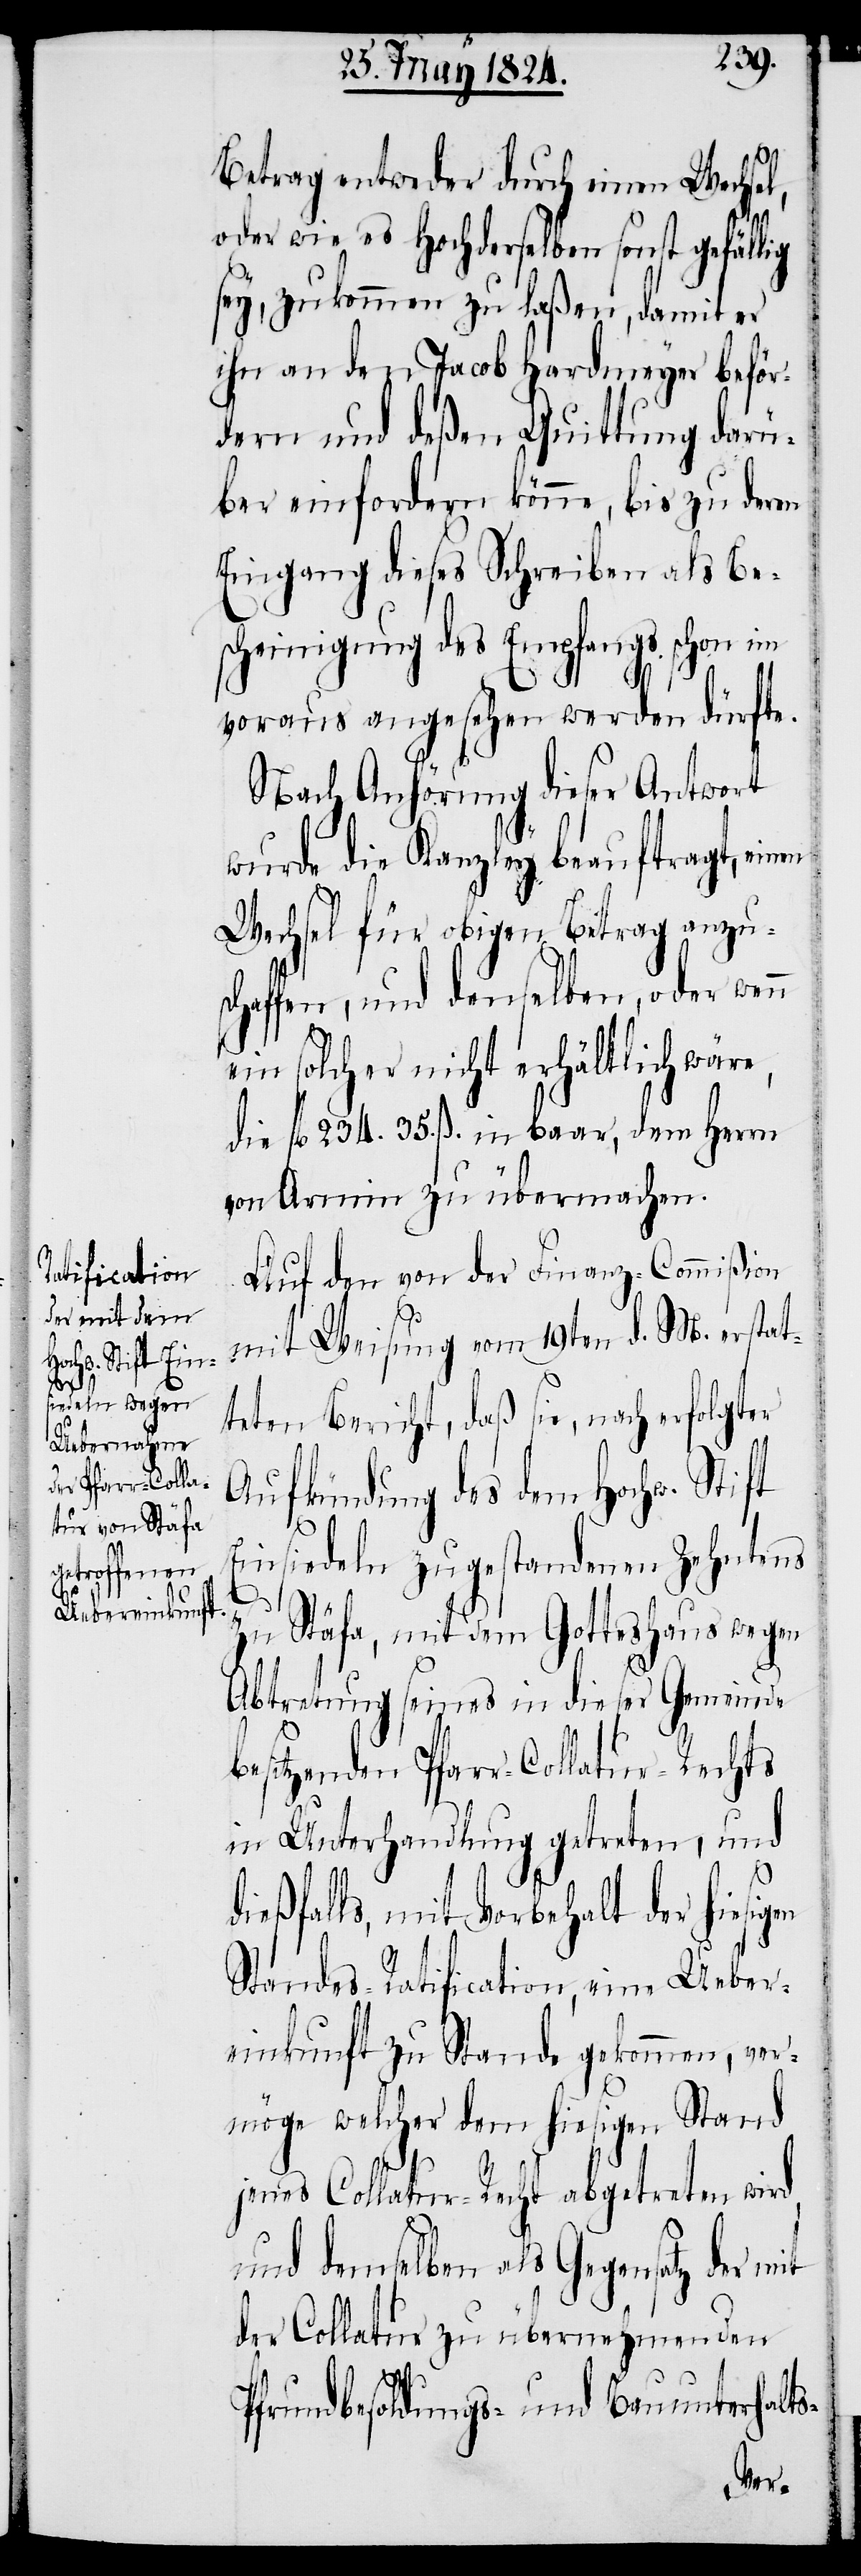
sigen

Betrag entweder durch einen Wechsel,
oder wie es Hochderselben sonst gefällig
sey, zukommen zu laßen, damit er
ihn an den Jacob Hardmeyer beför¬
dern und deßen Quittung darü¬
ber einfordern könne, bis zu deren
Eingang dieses Schreiben als Be¬
scheinigung des Empfangs schon im
voraus angesehen werden dürfte.
Nach Anhörung dieser Antwort
wurde die Kanzley beauftragt, einen
Wechsel für obigen Betrag anzus¬
chaffen, und denselben, oder wenn
ein solcher nicht erhältlich wäre,
die fl. 234. 35 ß. in baar, dem Herrn
von Armin zu übermachen.
Auf den von der Finanz-Commißion
mit Weisung vom 19ten d. M. erstat¬
teten Bericht, daß sie, nach erfolgter
Aufkündung des dem Hochw. Stift
Einsiedeln zugestandenen Zehntens
zu Stäfa, mit dem Gotteshaus wegen
Abtretung seines in dieser Gemeinde
besitzenden Pfarr-Collatur-Rechts
in Unterhandlung getreten, und
eßfalls, mit Vorbehalt der hie¬
Standes Ratification, eine Ueber¬
einkunft zu Stande gekommen, ver¬
möge welcher dem hiesigen Stand
jenes Collatur-Recht abgetreten wird
und demselben als Gegensatz der mit
der Collatur zu übernehmenden
Pfrundbesoldungs- und Bauunterhalts-